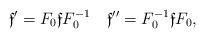
LaTeX: \begin{align*}\mathfrak{f}'=F_0\mathfrak{f} F^{-1}_0\quad\mathfrak{f}''=F^{-1}_0\mathfrak{f} F_0,\end{align*}